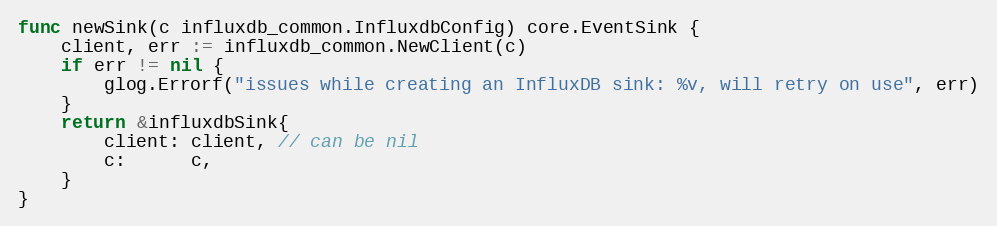
Language: Go
func newSink(c influxdb_common.InfluxdbConfig) core.EventSink {
	client, err := influxdb_common.NewClient(c)
	if err != nil {
		glog.Errorf("issues while creating an InfluxDB sink: %v, will retry on use", err)
	}
	return &influxdbSink{
		client: client, // can be nil
		c:      c,
	}
}